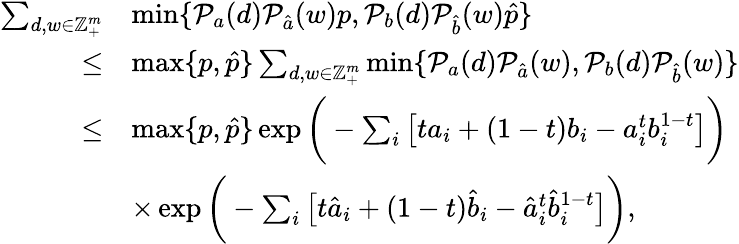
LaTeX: \begin{array}{rl}{\sum_{d,w\in\mathbb{Z}_{+}^{m}}}&{\operatorname*{min}\{ \mathcal{P}_{a}(d)\mathcal{P}_{\hat{a}}(w)p,\mathcal{P}_{b}(d)\mathcal{P}_{\hat{b}}(w)\hat{p}\} }\\ {\leq}&{\operatorname*{max}\{ p,\hat{p}\} \sum_{d,w\in\mathbb{Z}_{+}^{m}}\operatorname*{min}\{ \mathcal{P}_{a}(d)\mathcal{P}_{\hat{a}}(w),\mathcal{P}_{b}(d)\mathcal{P}_{\hat{b}}(w)\} }\\ {\leq}&{\operatorname*{max}\{ p,\hat{p}\} \exp\bigg(-\sum_{i}\big[ta_{i}+(1-t)b_{i}-a_{i}^{t}b_{i}^{1-t}\big]\bigg)}\\ &{\times\exp\bigg(-\sum_{i}\big[t\hat{a}_{i}+(1-t)\hat{b}_{i}-\hat{a}_{i}^{t}\hat{b}_{i}^{1-t}\big]\bigg),}\end{array}